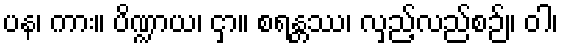
ပန၊ ကား။ ပိဏ္ဍာယ၊ ငှာ။ စရန္တဿ၊ လှည့်လည်စဉ်။ ဝါ၊